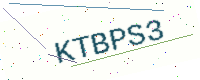
Text: KTBPS3